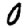
Digit: 0